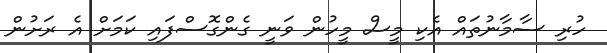
ހުރި ސާމާނުތައް އެކި މީސް މީހުން ވަނީ ގެންގޮސްފައި ކަމަށް އެ ރަށުން